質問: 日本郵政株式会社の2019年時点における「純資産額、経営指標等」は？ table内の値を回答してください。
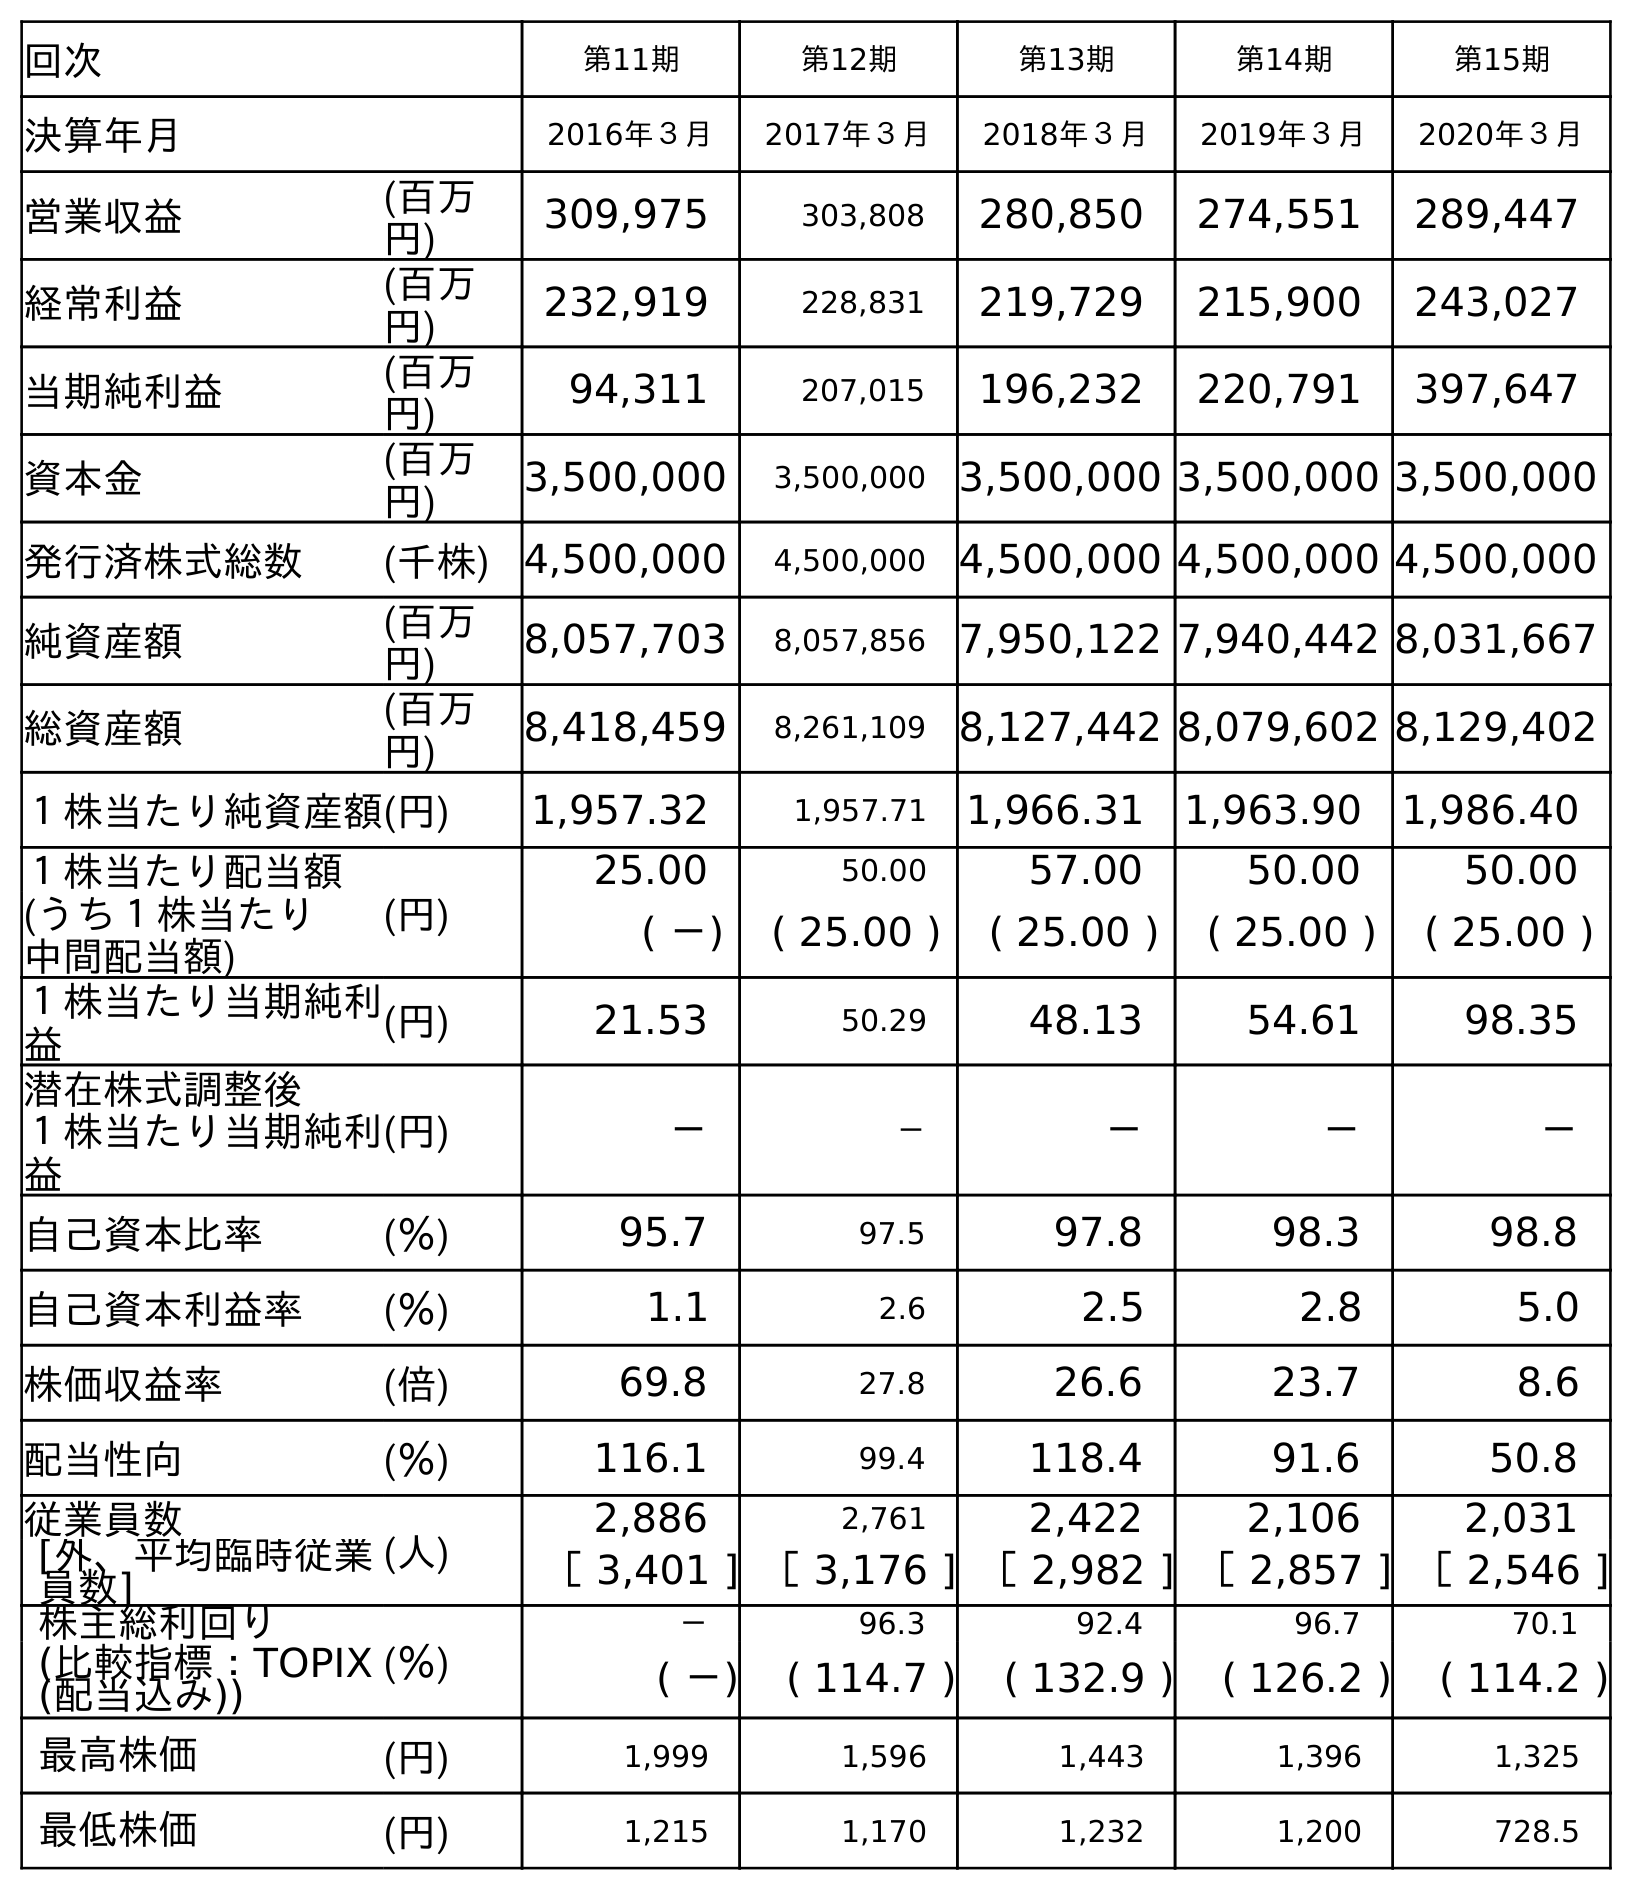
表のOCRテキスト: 回次 第11期 第12期 第13期 第14期 第15期 決算年月 2016年３月 2017年３月 2018年３月 2019年３月 2020年３月 営業収益 (百万 円) 309,975 303,808 280,850 274,551 289,447 経常利益 (百万 円) 232,919 228,831 219,729 215,900 243,027 当期純利益 (百万 円) 94,311 207,015 196,232 220,791 397,647 資本金 (百万 円) 3,500,000 3,500,000 3,500,000 3,500,000 3,500,000 発行済株式総数 (千株) 4,500,000 4,500,000 4,500,000 4,500,000 4,500,000 純資産額 (百万 円) 8,057,703 8,057,856 7,950,122 7,940,442 8,031,667 総資産額 (百万 円) 8,418,459 8,261,109 8,127,442 8,079,602 8,129,402 １株当たり純資産額(円) 1,957.32 1,957.71 1,966.31 1,963.90 1,986.40 １株当たり配当額 (円) 25.00 50.00 57.00 50.00 50.00 (うち１株当たり 中間配当額) ( －) ( 25.00 ) ( 25.00 ) ( 25.00 ) ( 25.00 ) １株当たり当期純利 益 (円) 21.53 50.29 48.13 54.61 98.35 潜在株式調整後 １株当たり当期純利 益 (円) － － － － － 自己資本比率 (％) 95.7 97.5 97.8 98.3 98.8 自己資本利益率 (％) 1.1 2.6 2.5 2.8 5.0 株価収益率 (倍) 69.8 27.8 26.6 23.7 8.6 配当性向 (％) 116.1 99.4 118.4 91.6 50.8 従業員数 (人) 2,886 2,761 2,422 2,106 2,031 [外、平均臨時従業 員数] ［ 3,401 ] ［ 3,176 ] ［ 2,982 ] ［ 2,857 ] ［ 2,546 ] 株主総利回り (％) － 96.3 92.4 96.7 70.1 (比較指標：TOPIX (配当込み)) ( －) ( 114.7 ) ( 132.9 ) ( 126.2 ) ( 114.2 ) 最高株価 (円) 1,999 1,596 1,443 1,396 1,325 最低株価 (円) 1,215 1,170 1,232 1,200 728.5
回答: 7,940,442